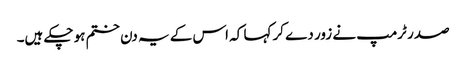
صدر ٹرمپ نے زور دے کر کہا کہ اس کے یہ دن ختم ہو چکے ہیں۔